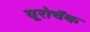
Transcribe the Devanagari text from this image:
यूरोचॅक